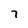
Character: 7